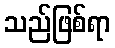
သည်ဖြစ်ရာ